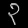
Digit: ၃